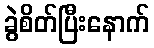
ခွဲစိတ်ပြီးနောက်